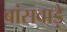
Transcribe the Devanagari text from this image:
बांसवाड़े